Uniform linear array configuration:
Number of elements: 4
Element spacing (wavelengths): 0.75
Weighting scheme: cosine
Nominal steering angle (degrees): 60
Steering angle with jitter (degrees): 61.934
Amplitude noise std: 0.05
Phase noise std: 0.05

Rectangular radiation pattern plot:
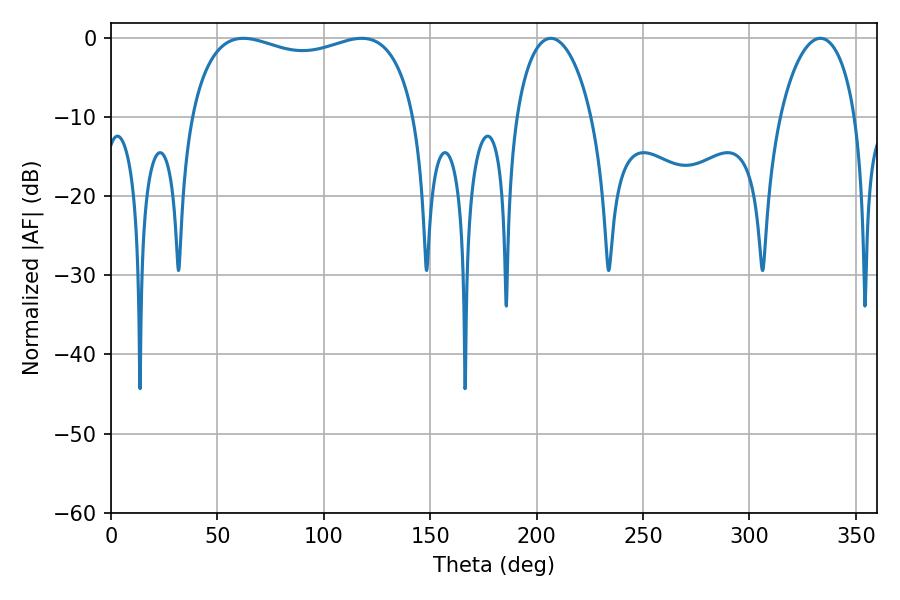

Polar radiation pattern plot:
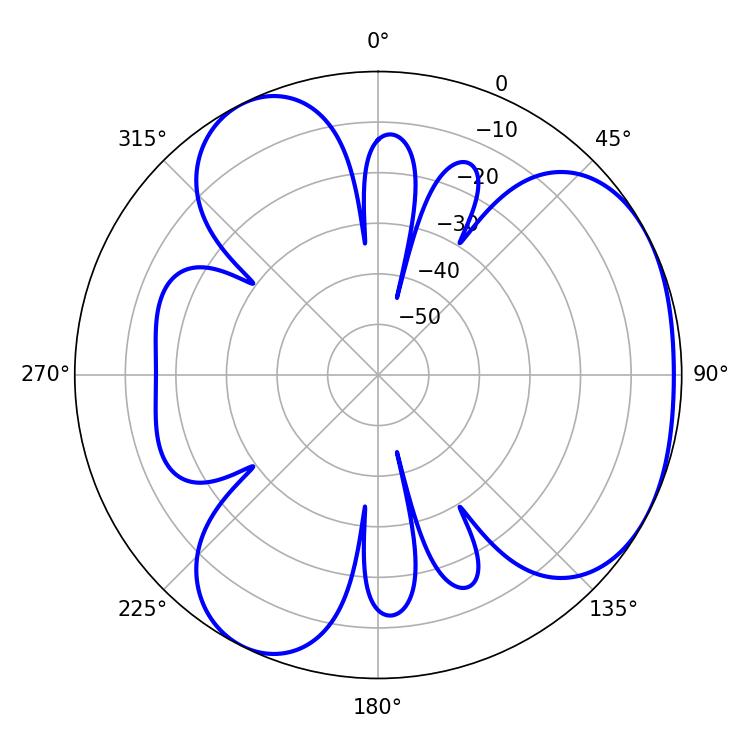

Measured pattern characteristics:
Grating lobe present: TRUE
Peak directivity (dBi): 3.738
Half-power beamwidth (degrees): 20.16
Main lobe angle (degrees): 206.64